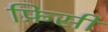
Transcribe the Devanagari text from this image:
फ़िसी